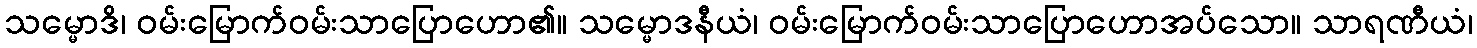
သမ္မောဒိ၊ ဝမ်းမြောက်ဝမ်းသာပြောဟော၏။ သမ္မောဒနီယံ၊ ဝမ်းမြောက်ဝမ်းသာပြောဟောအပ်သော။ သာရဏီယံ၊